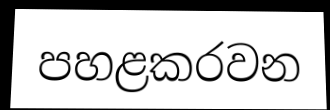
පහළකරවන